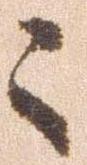
々